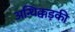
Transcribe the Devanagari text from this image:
अन्थिक्कड़की